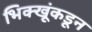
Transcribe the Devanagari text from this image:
भिक्खूंकडून